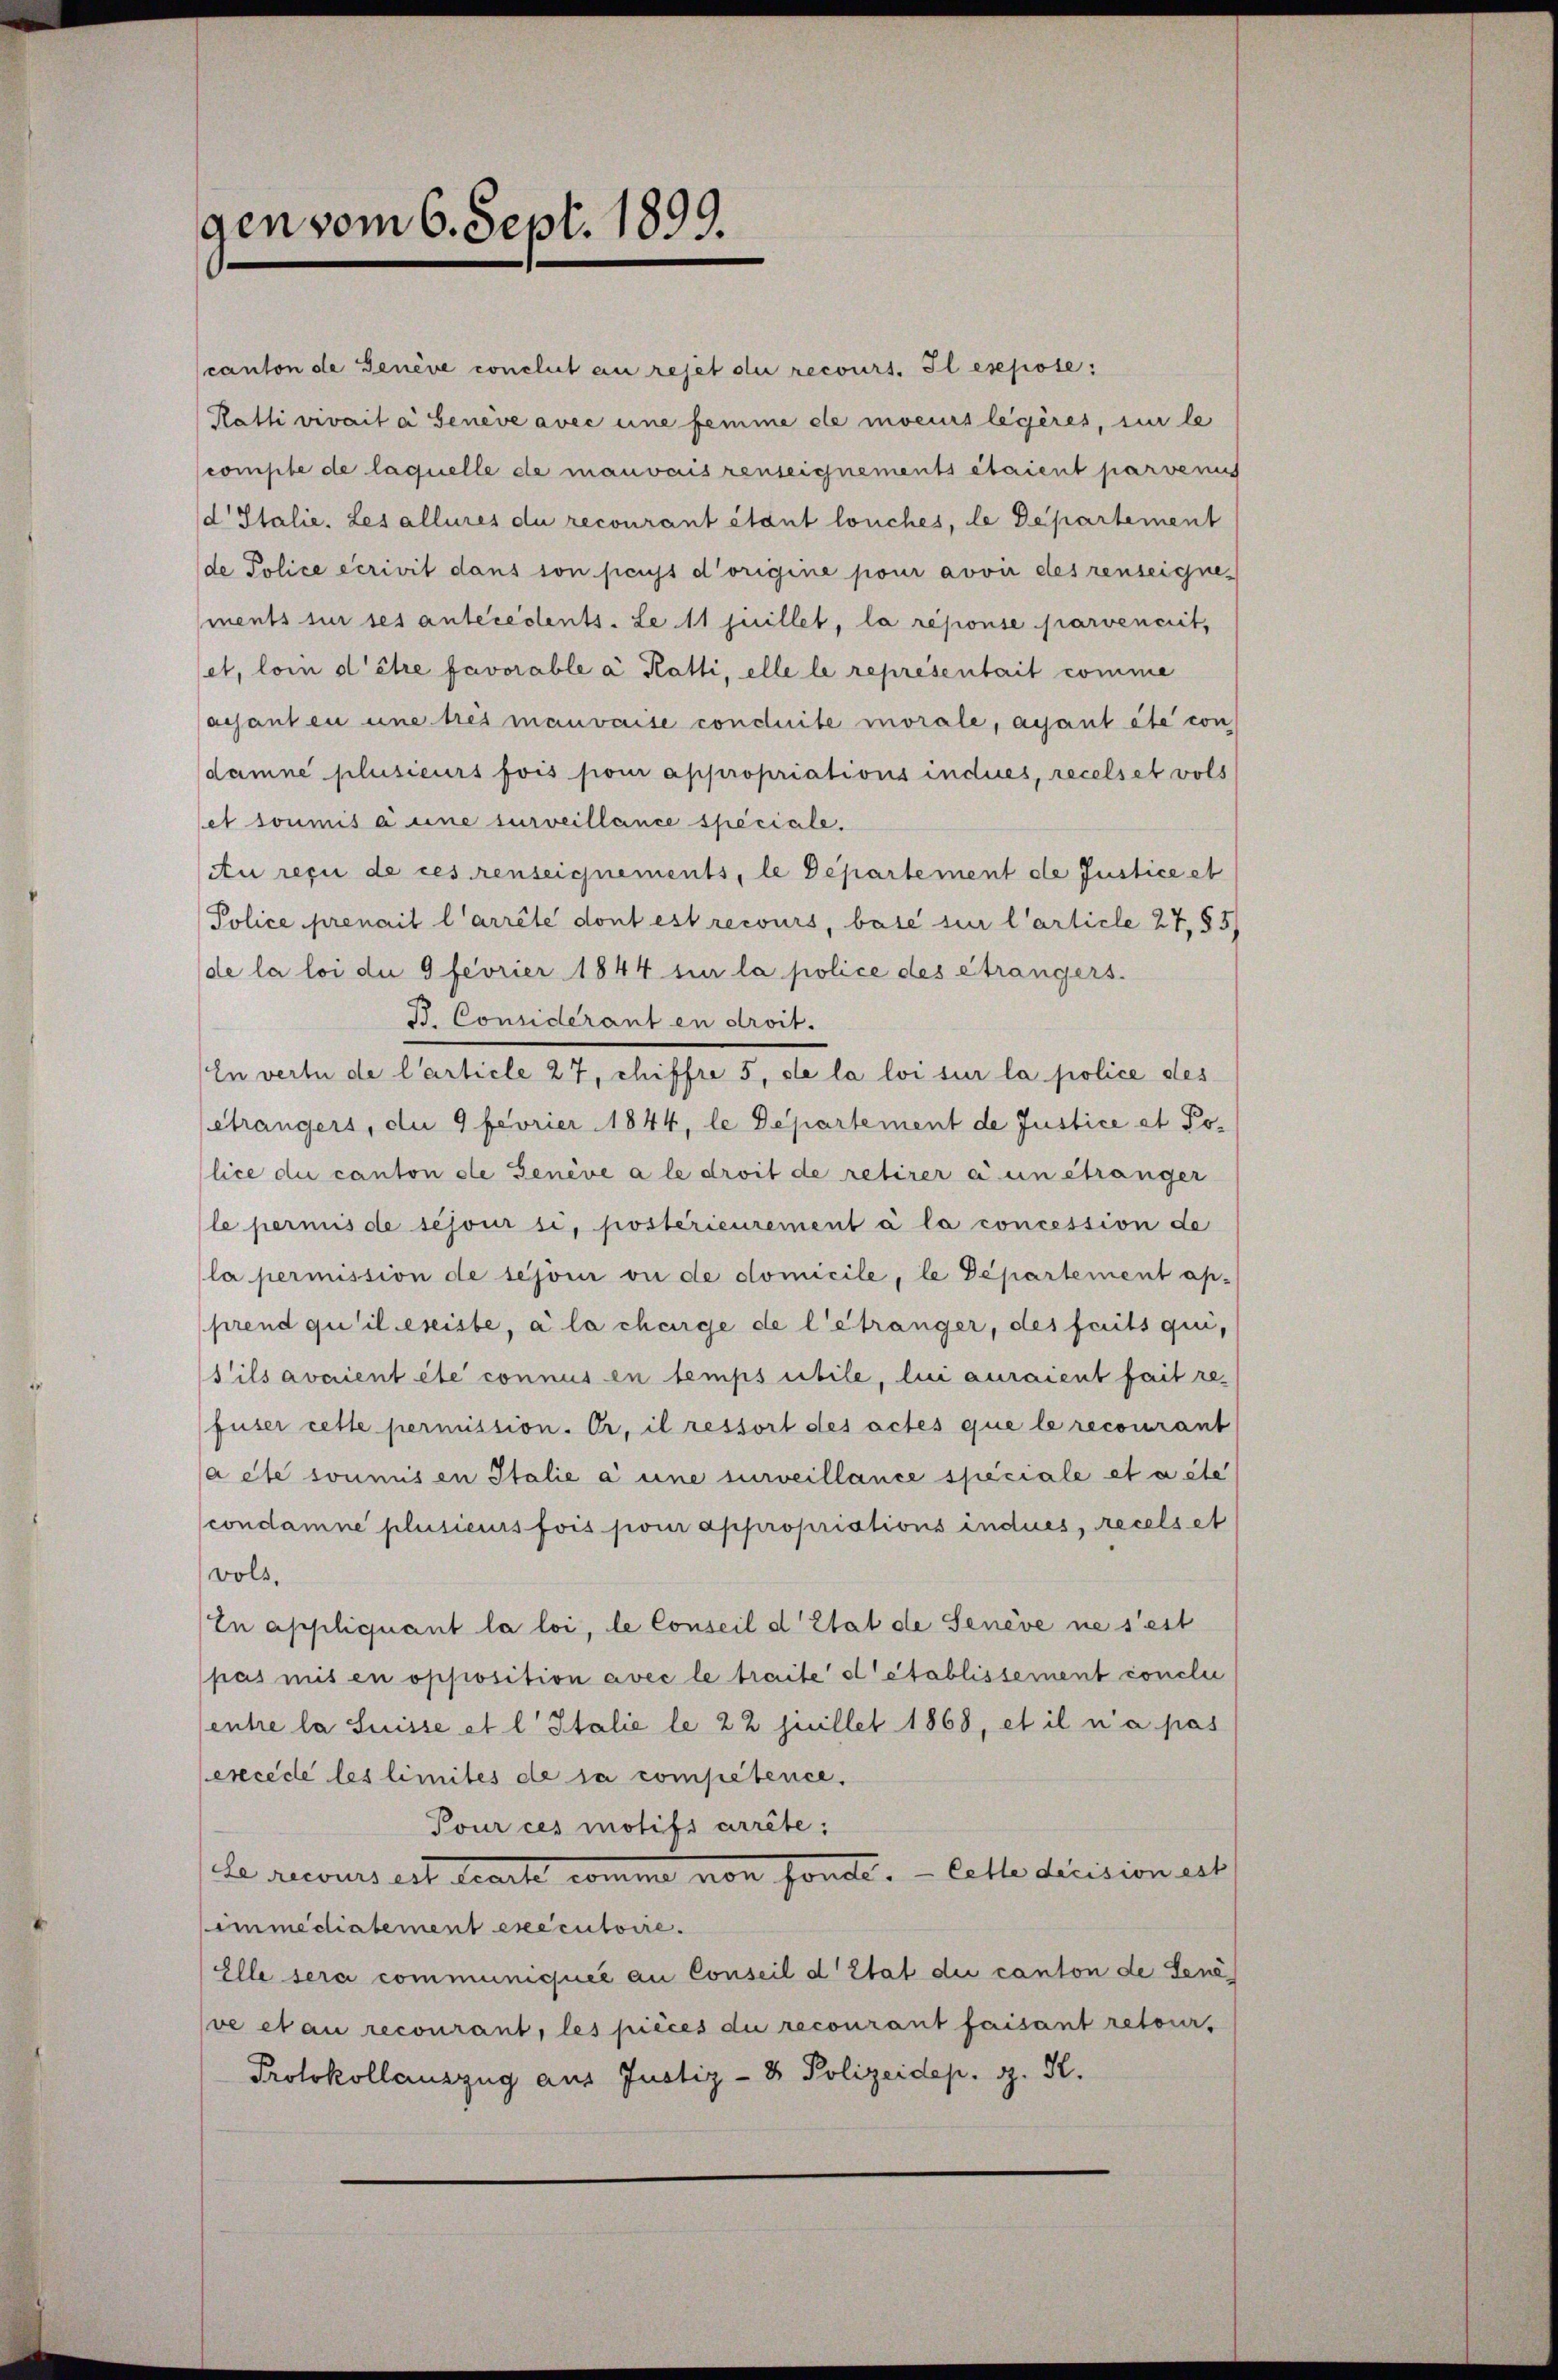
gen vom 6. Sept. 1899.

canton de Genève conclut an rejet du recours. Il esepote:
Katli vivait a Genève avec eine femme de moeurs legères, si le
comple de laquelle de mauvais renseignements étaient parvenus
d Italie. Les alleres du recourant étant louches, le Departement
de Police écrivil dans son perjs d’origine pour avvir des renseignements sur ses antecedents-Le 11 juillet, la réponse parvencrit,
et, loi d’être favorable à Katti, elle le représentait comme
aisanten une tres mauvaise conduite morale, ayant été con
damne plusieurs fois pour appropriations indues, recelset vols
et soumis à eine surveillance speciale.
Au reçu de ces renseignements, le Departement de Justice et
Police prenait l’arrête dont est recours, base sur l’article 27,85/
de la loi due 9 fevrier 1844 sur la police des étrangers.
B. Considérant en droit.
In verte de l’article 27, chiffre 5, de la loi sur la police des
étrangers, die 9 fevrier 1844, le Departement de Justice et Police du canton ele Genève a le droit de retirer à un étranger
le permis de séjour si, postérieurement à la concession de
la permission de séjour ou de domicile, le Departement ap-
prend quilesiste, à la charge de l’étranger, des faits qui,
s’ils avaient été connus en temps utile, lui auraient fait refuser cette permission. Er, il ressort des actes que le recourant
a été soumis en Italie à une surveillance speciale et a ste
condamne plusieurs fois pour appropriations indues, recelset
vols,
In appliquant la loi, le Conseil d Etat de Senève ne s’est
pas mit en opposition avec le traite d’établissement conclu
entre la Suisse et l Italie le 22 Juillet 1868, et il n’a pas
ercede les limites de sa competence.
Pour ces motifs arrête:
he recours est tracte comme von sonde. — Cette division ert
immediatement executoire.
Elle sera communiquée an Conseil d’Etat die canton de dene
ve et au recourant, les pièces die recourant faisant retour,
Protokollauszug aus Justiz- & Polizeidep. g. K.